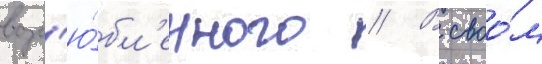
возл'ю́бл'енного // В своо́м